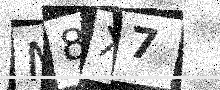
Text: M8X7